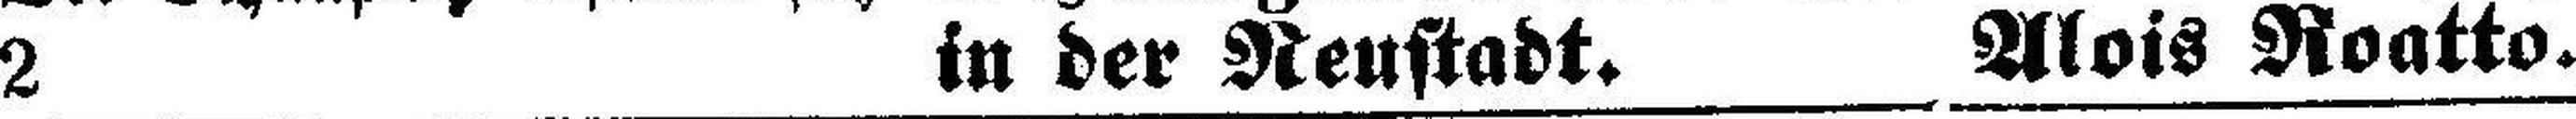
2 in der Neustadt. Alois Roatto.